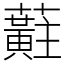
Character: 蘣